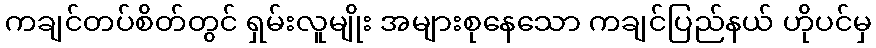
ကချင်တပ်စိတ်တွင် ရှမ်းလူမျိုး အများစုနေသော ကချင်ပြည်နယ် ဟိုပင်မှ